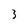
Character: 3